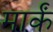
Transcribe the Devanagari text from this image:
मार्कं